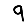
Digit: 9